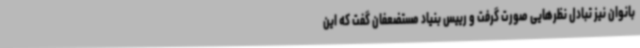
بانوان نیز تبادل نظرهایی صورت گرفت و رییس بنیاد مستضعفان گفت که این